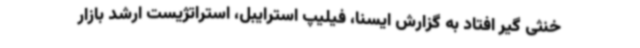
خنثی گیر افتاد به گزارش ایسنا، فیلیپ استرایبل، استراتژیست ارشد بازار